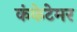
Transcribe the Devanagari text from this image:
कंकेटेमर